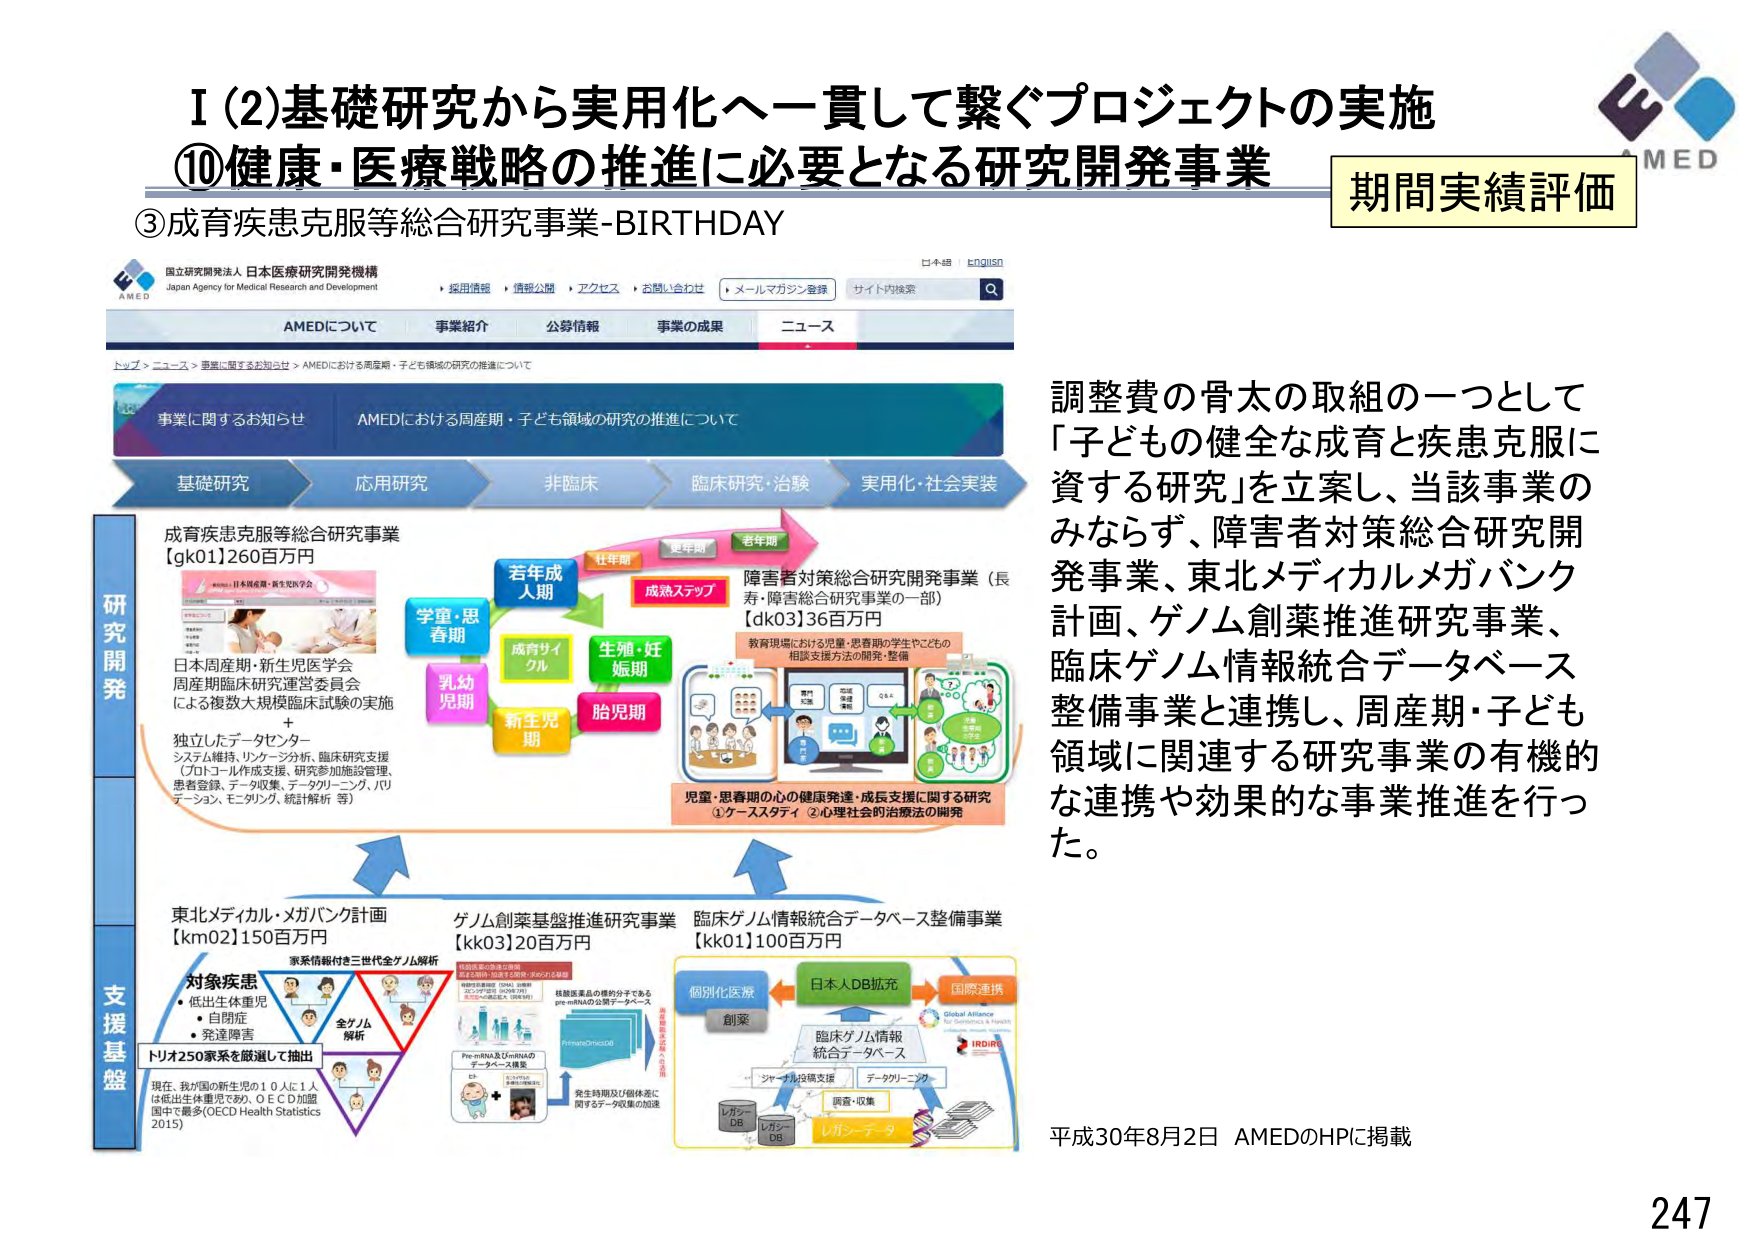
I (2) 基礎研究から実用化へ一貫して繋ぐプロジェクトの実施
⑩ 健康・医療戦略の推進に必要となる研究開発事業
③ 成育疾患克服等総合研究事業-BIRTHDAY

期間実績評価

AMED
日本語 English
採用情報 情報公開 アクセス お問い合わせ メールマガジン登録 サイト内検索 Q

AMEDについて 事業紹介 公募情報 事業の成果 ニュース

トップ > ニュース > 事業に関するお知らせ > AMEDにおける周産期・子ども領域の研究の推進について

事業に関するお知らせ AMEDにおける周産期・子ども領域の研究の推進について

基礎研究 → 応用研究 → 非臨床 → 臨床研究・治験 → 実用化・社会実装

研究開発
成育疾患克服等総合研究事業
【gk01】260百万円

日本周産期・新生児医学会
周産期臨床研究運営委員会
による複数大規模臨床試験の実施
+
独立したデータセンター
システム維持、リソース分析、臨床研究支援
（プロトコール作成支援、研究参加施設管理、
患者登録、データ収集、データクリーニング、バリデーション、モニタリング、統計解析 等）

学童・思春期
乳幼児期
新生児期
若年成人期
成育サイクル
生殖・妊娠期
胎児期
壮年期
更年期
老年期
成熟ステップ

障害者対策総合研究開発事業（長寿・障害者総合研究事業の一部）
【dk03】36百万円
教育現場における児童・思春期の学生やこどもの
相談支援方法の開発・整備

児童・思春期の心の健康発達・成長支援に関する研究
① ケーススタディ ② 心理社会的治療法の開発

支援基盤
東北メディカル・メガバンク計画
【km02】150百万円
対象疾患
・低出生体重児
・自閉症
・発達障害
トリオ250家系を厳選して抽出
現在、我が国の新生児の10人に1人は低出生体重児であり、ＯＥＣＤ加盟国中で最多（OECD Health Statistics 2015）
家系情報付き三世代全ゲノム解析
全ゲノム解析

ゲノム創薬基盤推進研究事業
【kk03】20百万円
株式会社の標的分子である
pre-miRNAの公開データベース
PrimeOmicsDB
Pre-miRNA及びmiRNAの
データベース構築
発生時期及び個体差に関するデータ収集の加速

臨床ゲノム情報統合データベース整備事業
【kk01】100百万円
個別化医療
創薬
日本人DB拡充
国際連携
Global Alliance for Genomics & Health
IRDRS
臨床ゲノム情報統合データベース
シーケンス情報支援
データクリーニング
調査・収集
レガシーデータ
レガシーDB
レガシーDB

調整費の骨太の取組の一つとして
「子どもの健全な成育と疾患克服に
資する研究」を立案し、当該事業の
みならず、障害者対策総合研究開発事業、東北メディカルメガバンク
計画、ゲノム創薬推進研究事業、
臨床ゲノム情報統合データベース
整備事業と連携し、周産期・子ども
領域に関連する研究事業の有機的
な連携や効果的な事業推進を行っ
た。

平成30年8月2日 AMEDのHPに掲載

247